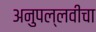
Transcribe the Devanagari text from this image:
अनुपल्लवीचा